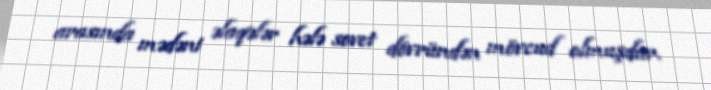
arasında mədəni əlaqələr hələ sovet dövründən mövcud olmuşdur.